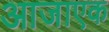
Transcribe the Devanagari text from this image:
आजाएक